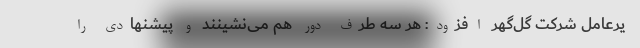
یرعامل شرکت گل‌گهر افزود: هر سه طرف دور هم می‌نشینند و پیشنهادی را